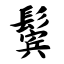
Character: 鬓